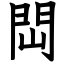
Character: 閊